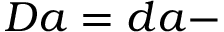
D a = d a -